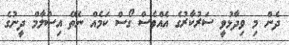
ދެން މި ވިދާޅުވީ ސަރުކާރުގެ އެއްވެސް ގޯސް ކަމެއް ނެތޭ އިސްލާމް ދީނުގެ